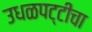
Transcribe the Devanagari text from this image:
उधळपट्टीचा